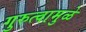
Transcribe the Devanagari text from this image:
गुरुत्वामुळे